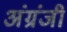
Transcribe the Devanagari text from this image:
अंग्रंजी